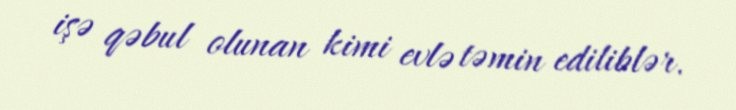
işə qəbul olunan kimi evlə təmin ediliblər.